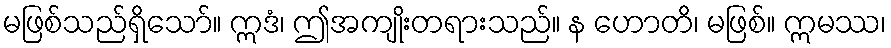
မဖြစ်သည်ရှိသော်။ ဣဒံ၊ ဤအကျိုးတရားသည်။ န ဟောတိ၊ မဖြစ်။ ဣမဿ၊